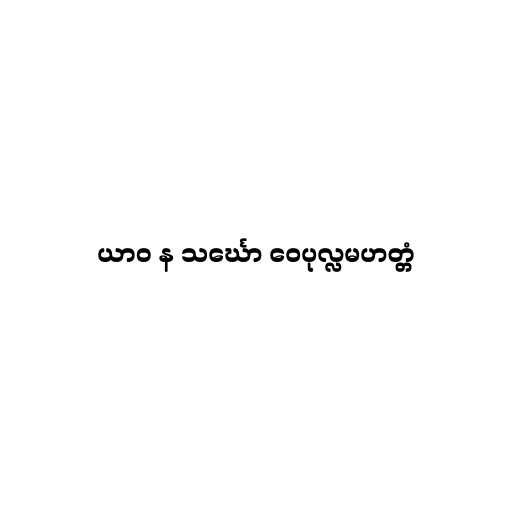
ယာဝ န သင်္ဃော ဝေပုလ္လမဟတ္တံ